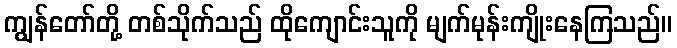
ကျွန်တော်တို့ တစ်သိုက်သည် ထိုကျောင်းသူကို မျက်မုန်းကျိုးနေကြသည်။